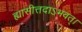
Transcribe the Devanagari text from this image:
ह्यासीत्तदाऽभवत्।